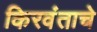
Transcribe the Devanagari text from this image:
किरवंताचे